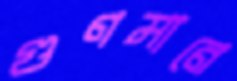
গুণমানে